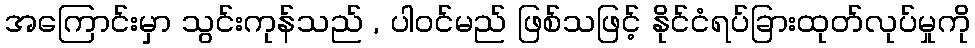
အကြောင်းမှာ သွင်းကုန်သည် , ပါဝင်မည် ဖြစ်သဖြင့် နိုင်ငံရပ်ခြားထုတ်လုပ်မှုကို